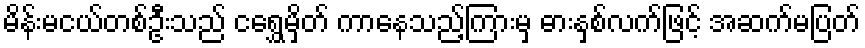
မိန်းမငယ်တစ်ဦးသည် ငရွှေမှိတ် ကာနေသည့်ကြားမှ ဓားနှစ်လက်ဖြင့် အဆက်မပြတ်